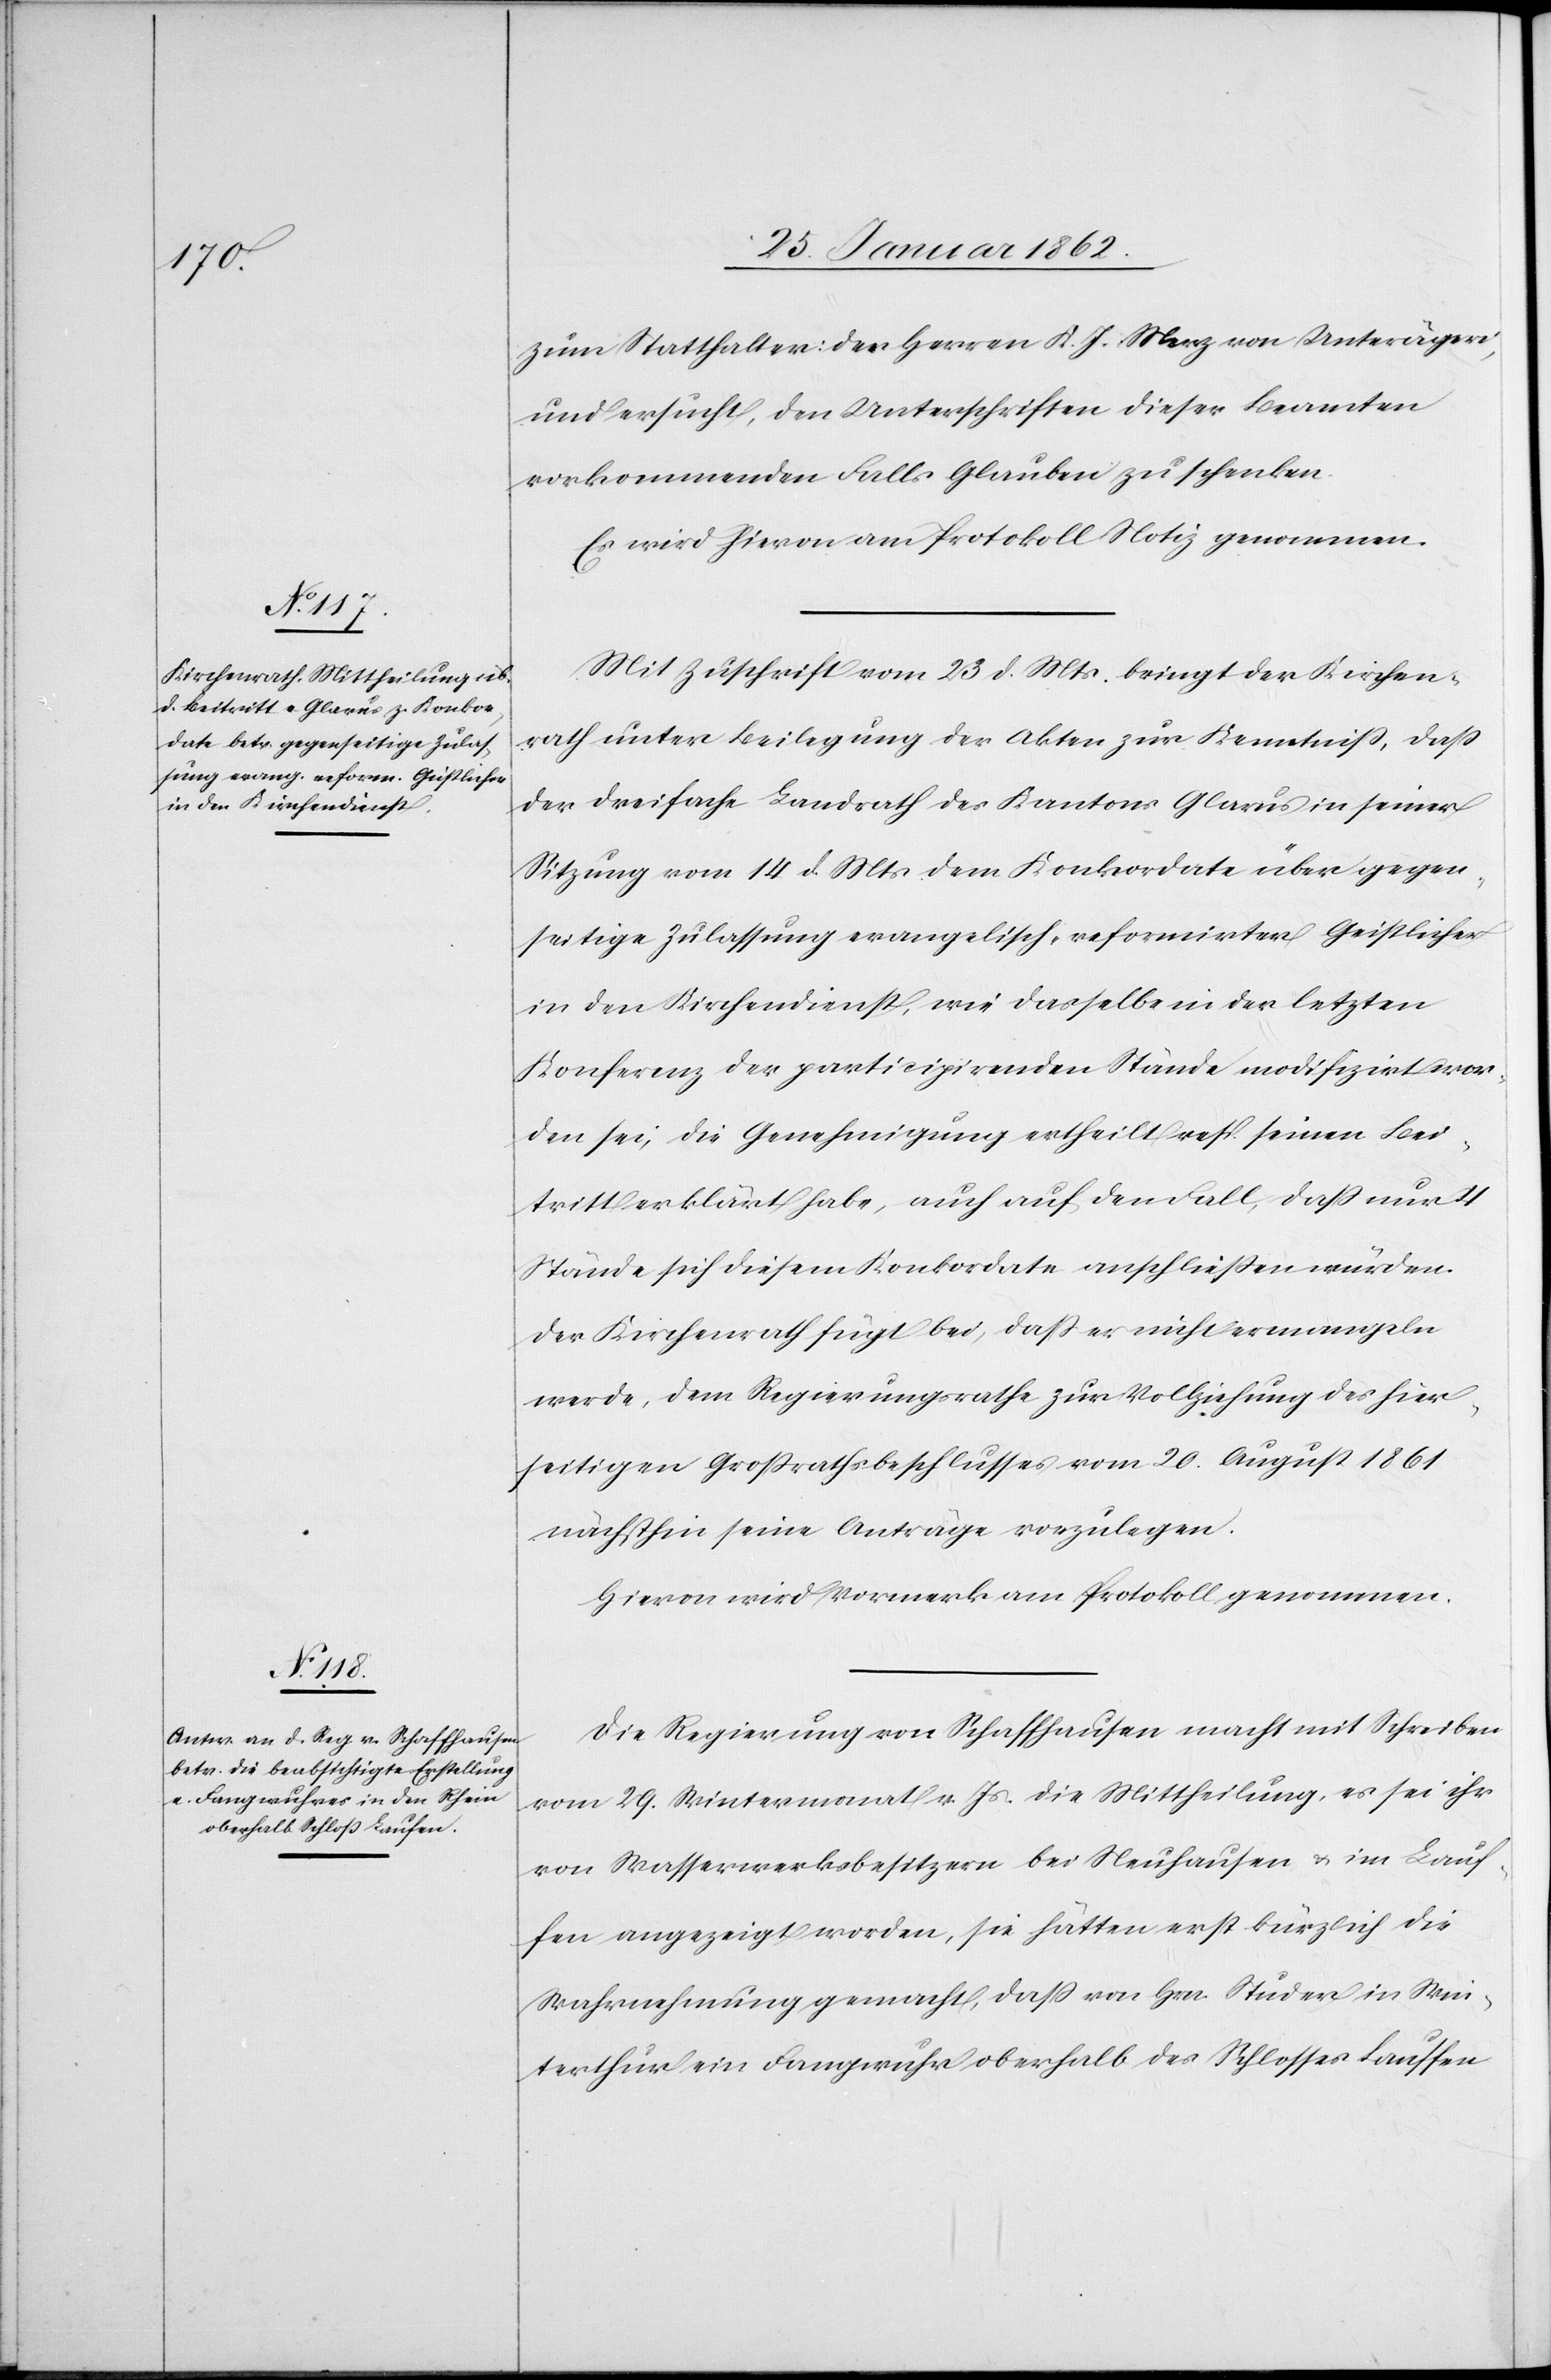
zum Statthalter: den Herren K. J. Merz von Unterägeri,
und ersucht, den Unterschriften dieser Beamten
vorkommenden Falls Glauben zu schenken.
Es wird hievon am Protokoll Notiz genommen.
Mit Zuschrift vom 23 d. Mts. bringt der Kirchen¬
rath unter Beilegung der Akten zur Kenntniß, daß
der dreifache Landrath des Kantons Glarus in seiner
Sitzung vom 14 d. Mts dem Konkordate über gegen¬
seitige Zulassung evangelisch-reformirter Geistlicher
in den Kirchendienst, wie dasselbe in der letzten
Konferenz der participirenden Stände modifizirt wor¬
den sei, die Genehmigung ertheilt resp. seinen Bei¬
tritt erklärt habe, auch auf den Fall, daß nur 4
Stände sich diesem Konkordate anschließen würden.
Der Kirchenrath fügt bei, daß er nicht ermangeln
werde, dem Regierungsrathe zur Vollziehung des hier¬
seitigen Großrathsbeschlusses vom 20. August 1861
nächsthin seine Anträge vorzulegen.
Hievon wird Vormerk am Protokoll genommen.
Die Regierung von Schaffhausen macht mit Schreiben
vom 29. Wintermonat v. Js. die Mittheilung, es sei ihr
von Wasserwerkbesitzern bei Neuhausen u. im Lauf¬
fen angezeigt worden, sie hätten erst kürzlich die
Wahrnehmung gemacht, daß von Hrn Studer in Win¬
terthur ein Fangwuhr oberhalb des Schlosses Lauffen